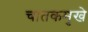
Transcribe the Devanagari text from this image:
चातकमुखे